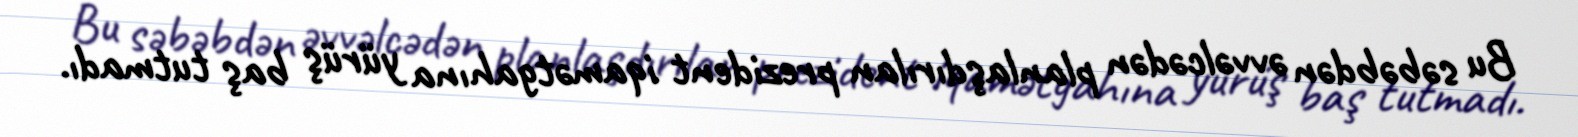
Bu səbəbdən əvvəlcədən planlaşdırılan prezident iqamətgahına yürüş baş tutmadı.